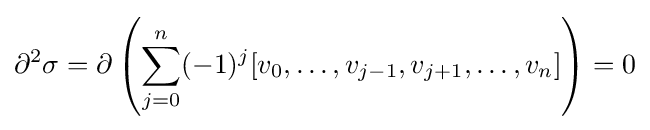
\partial ^{2}\sigma =\partial \left(\sum _{j=0}^{n}(-1)^{j}[v_{0},\ldots ,v_{j-1},v_{j+1},\ldots ,v_{n}]\right)=0